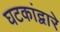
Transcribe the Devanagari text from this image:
घटकांद्वारे